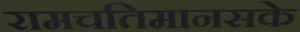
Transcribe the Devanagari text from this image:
रामचतिमानसके